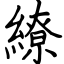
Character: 繚